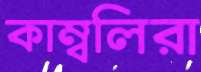
কাম্বলিরা